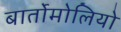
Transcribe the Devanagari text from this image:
बार्तोमोलियो